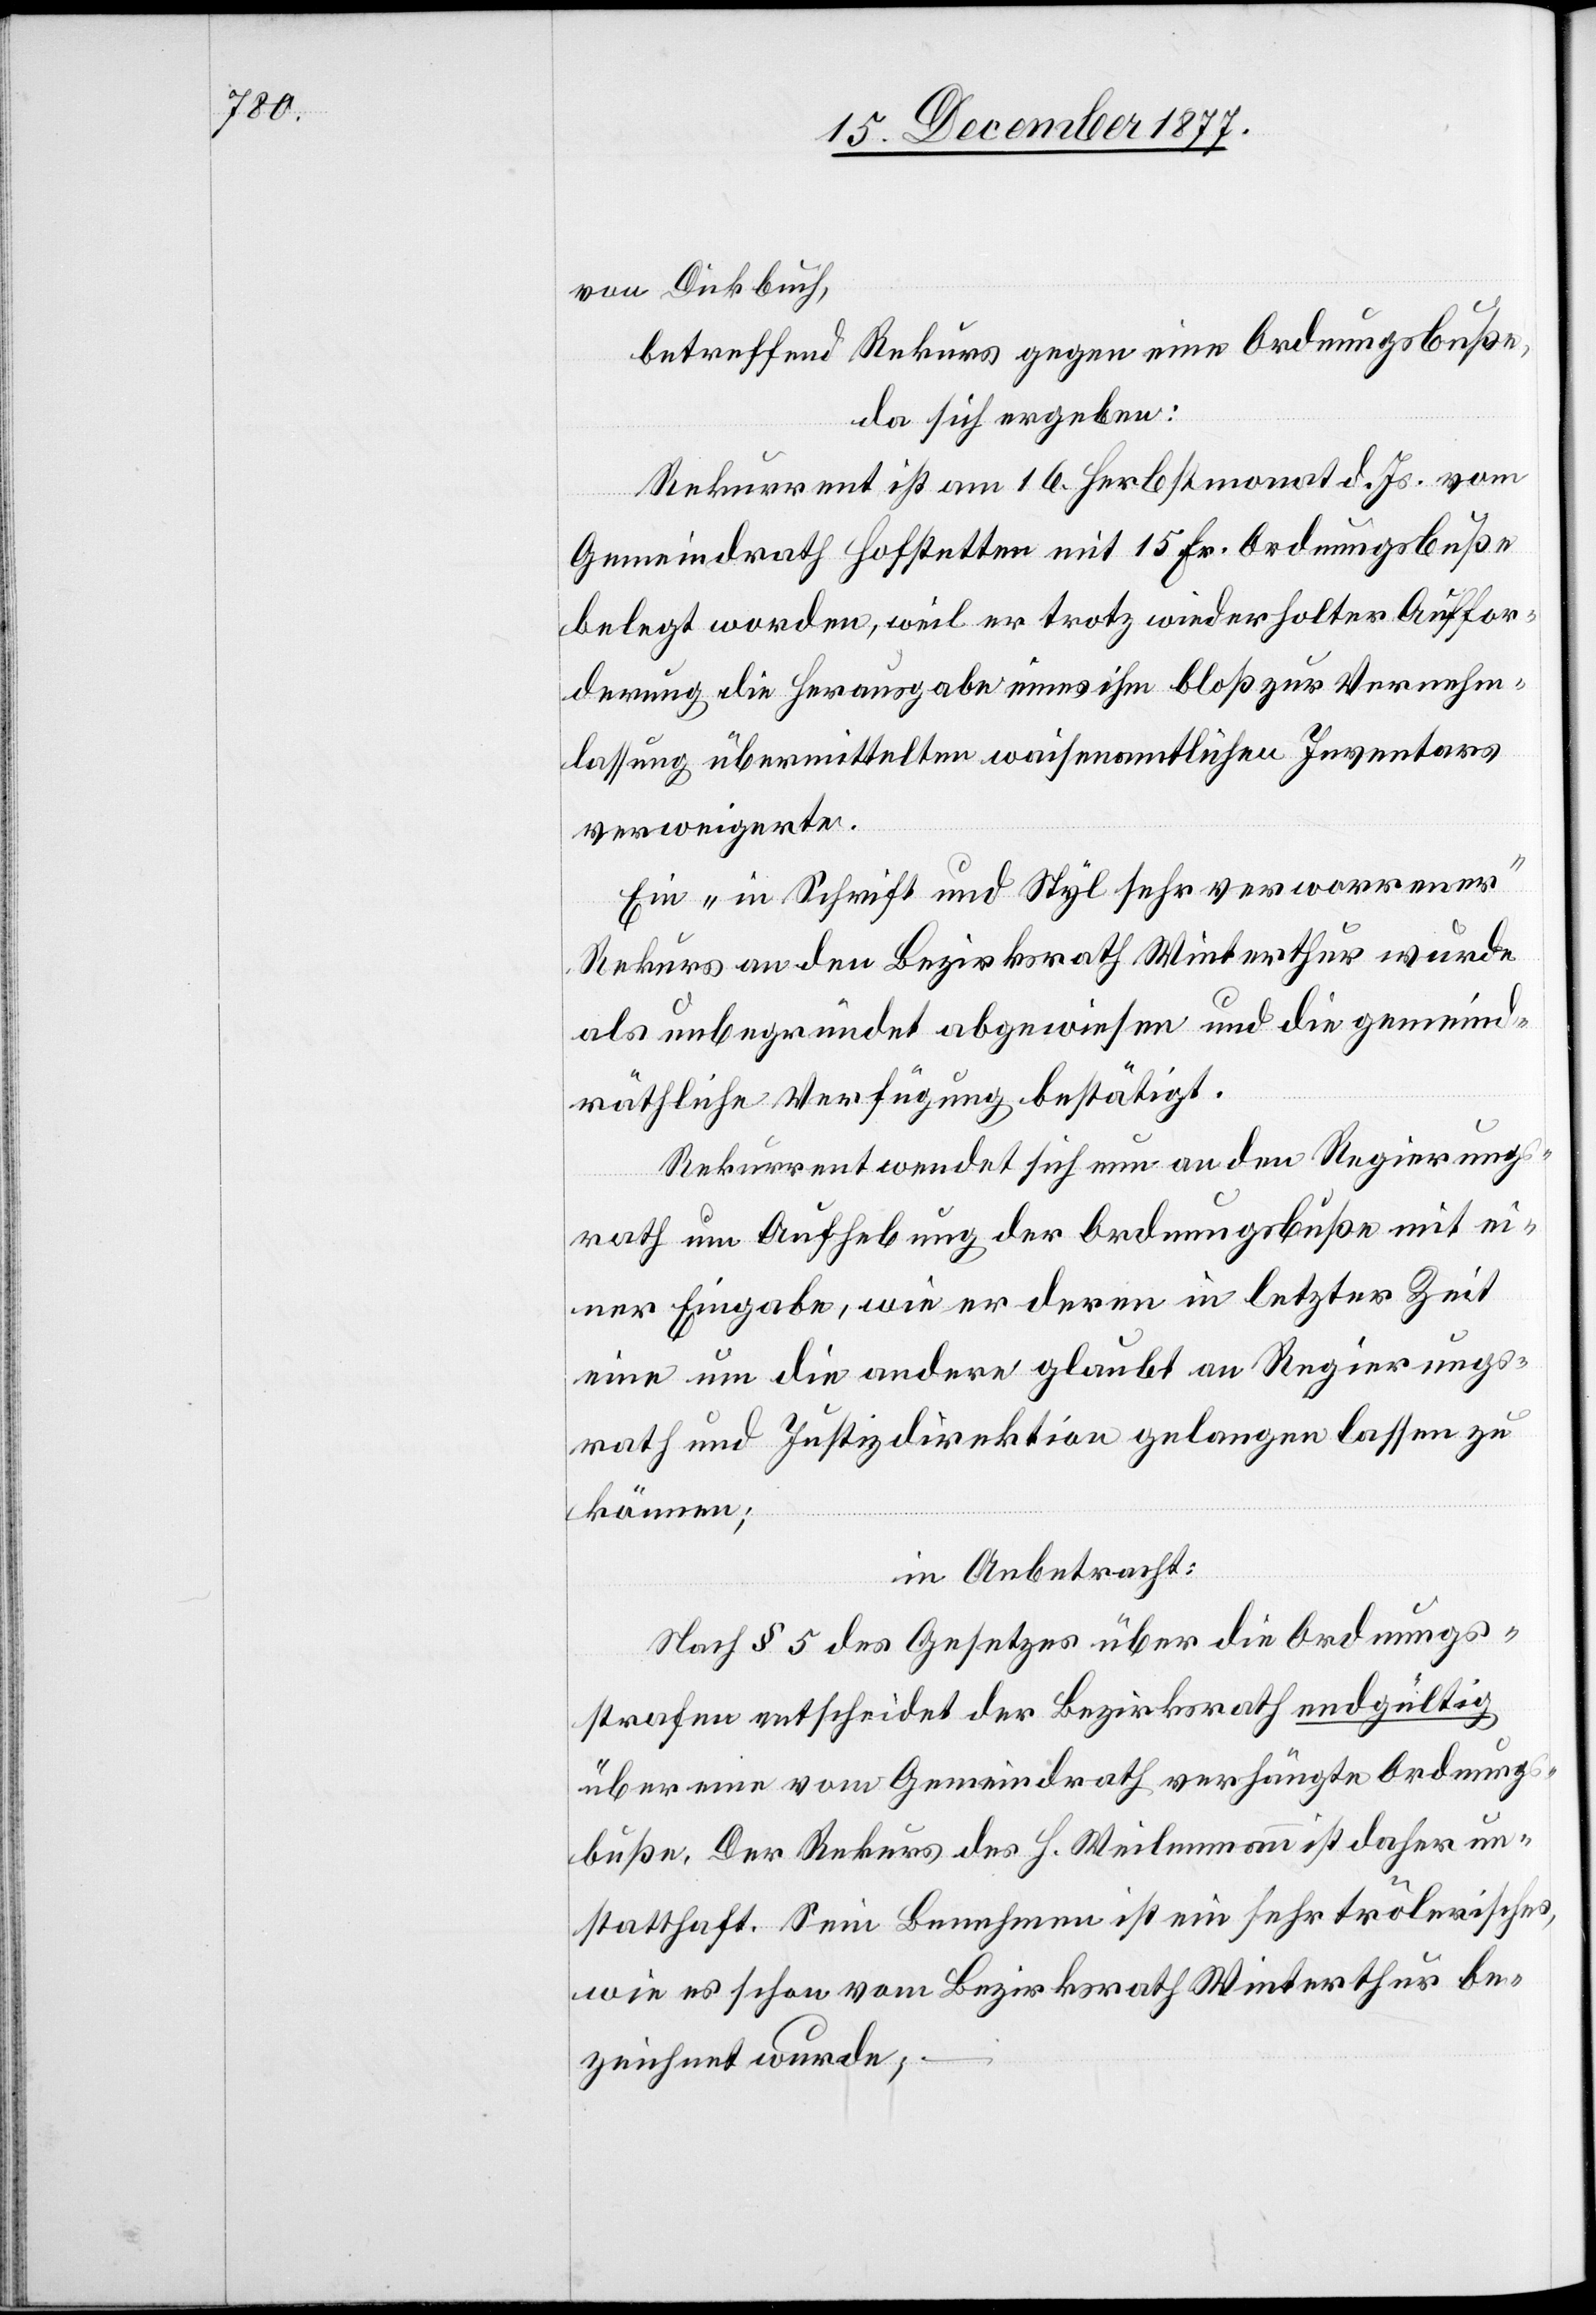
von Dickbuch,
betreffend Rekurs gegen eine Ordnungsbuße,
da sich ergeben:
Rekurrent ist am 16. Herbstmonat d. Js. vom
Gemeindrath Hofstetten mit 15 Fr. Ordnungsbuße
belegt worden, weil er trotz wiederholter Auffor¬
derung die Herausgabe eines ihm bloß zur Vernehm¬
lassung übermittelten waisenamtlichen Inventars
verweigerte.
Ein „in Schrift und Styl sehr verworrener“
Rekurs an den Bezirksrath Winterthur wurde
als unbegründet abgewiesen und die gemeind¬
räthliche Verfügung bestätigt.
Rekurrent wendet sich nun an den Regierungs¬
rath um Aufhebung der Ordnungsbuße mit ei¬
ner Eingabe, wie er deren in letzter Zeit
eine um die andere glaubt an Regierungs¬
rath und Justizdirektion gelangen lassen zu
können;
in Anbetracht:
Nach § 5 des Gesetzes über die Ordnungs¬
strafen entscheidet der Bezirksrath endgültig
über eine vom Gemeindrath verhängte Ordnung¬
sbuße. Der Rekurs des H. Weilenmann ist daher un¬
statthaft. Sein Benehmen ist ein sehr trölerisches,
wie es schon vom Bezirksrath Winterthur be¬
zeichnet wurde;